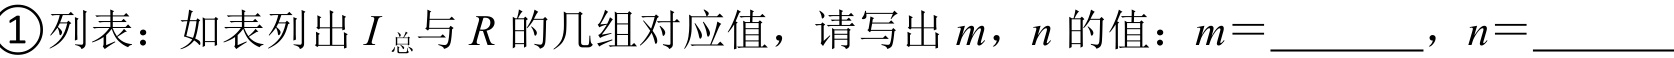
\textcircled{1}列表：如表列出\(I_{\text{总}}\)与\(R\)的几组对应值，请写出\(m\)，\(n\)的值：\(m = \_\_\_\_\_\)，\(n=\_\_\_\_\_\)